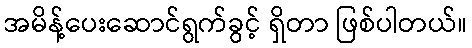
အမိန့်ပေးဆောင်ရွက်ခွင့် ရှိတာ ဖြစ်ပါတယ်။